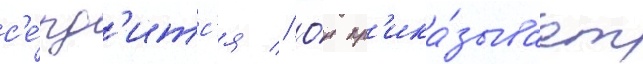
с'е́рд'итс'я // О́н пр'ика́зывает